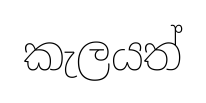
කැලයත්